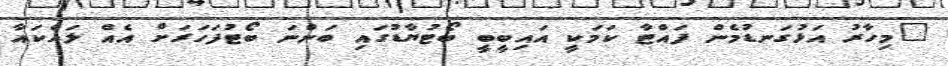
"މިހާރު އަޅުގަނޑުމެން ފައްޓާ ކަމަކީ އައިބީބީ ބޯޓުޔާޑުގައި ބަންނަ ބޯޓުފަހަރަށް އެއް ލައްކައާ